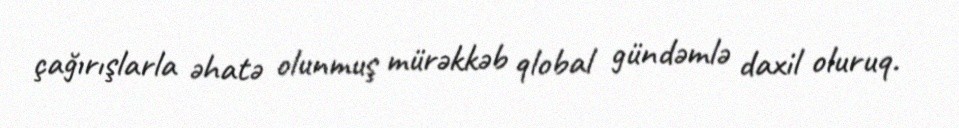
çağırışlarla əhatə olunmuş mürəkkəb qlobal gündəmlə daxil oluruq.